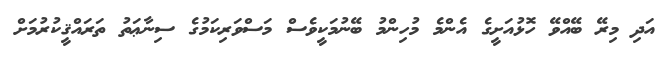
އަދި މިރޭ ބޭއްވޭ ހޮޅުއަށީގެ އެންމެ މުހިންމު ބޭނުމަކީވެސް މަސްވަރިކަމުގެ ސިނާޢަތު ތަރައްޤީކުރުމަށް